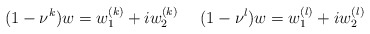
\begin{align*}(1-\nu^k)w=w_1^{(k)}+iw_2^{(k)}\ \ \ \ (1-\nu^l)w=w_1^{(l)}+iw_2^{(l)}\end{align*}